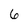
Character: 6